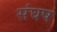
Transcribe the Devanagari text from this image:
संघष